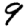
Digit: 9